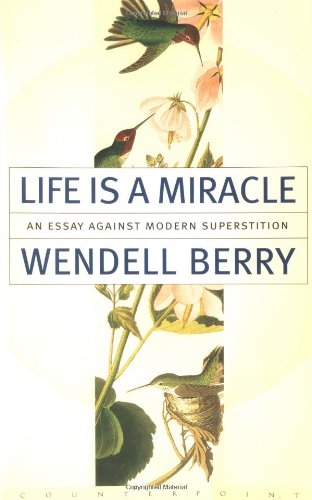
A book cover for Life Is a Miracle: An Essay Against Modern Superstition; Wendell Berry; Science & Math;